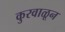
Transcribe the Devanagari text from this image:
कुरवाळून